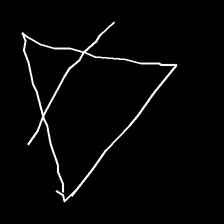
Glyph: empower